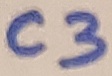
Text: C3